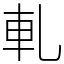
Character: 軋